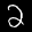
Label: 2